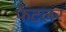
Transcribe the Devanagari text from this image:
फेटलर